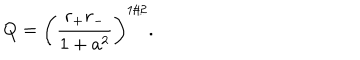
LaTeX: Q = \left( { \frac { r _ { + } r _ { - } } { 1 + a ^ { 2 } } } \right) ^ { 1 / 2 } .